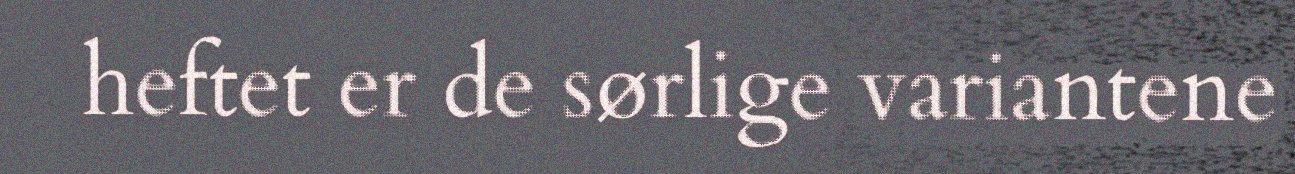
heftet er de sørlige variantene